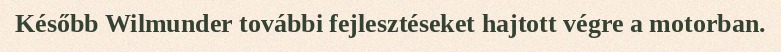
Később Wilmunder további fejlesztéseket hajtott végre a motorban.